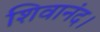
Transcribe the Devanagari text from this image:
शिवानंद।